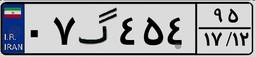
۰۷گ۴۵۴۹۵